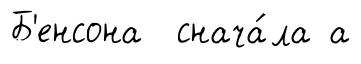
Б'енсона снача́ла а